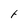
Character: f